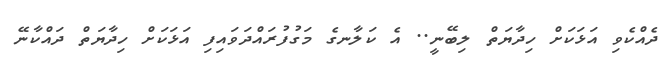
ދެއްކެވި އަޅަކަށް ހިދާޔަތް ލިބޭނީ.. އެ ކަލާނގެ މަގުފުރައްދަވައިފި އަޅަކަށް ހިދާޔަތް ދައްކާނޭ